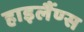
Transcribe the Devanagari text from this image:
हाइलैंण्स